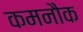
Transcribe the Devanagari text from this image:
कमनौक